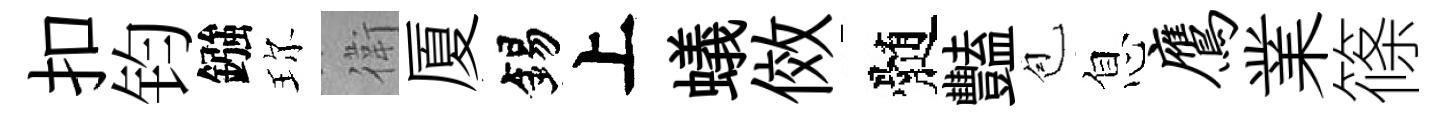
扣钧鏹珎衛厦錫上蟻傚髄豔苞息鹰業篠